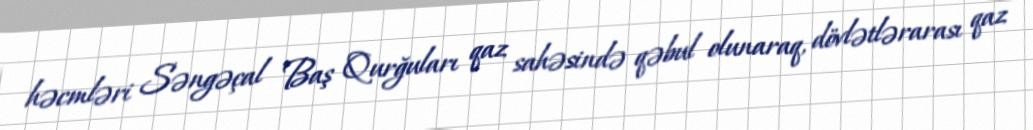
həcmləri Səngəçal Baş Qurğuları qaz sahəsində qəbul olunaraq, dövlətlərarası qaz